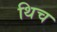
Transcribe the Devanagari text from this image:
थिच